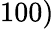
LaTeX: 100)